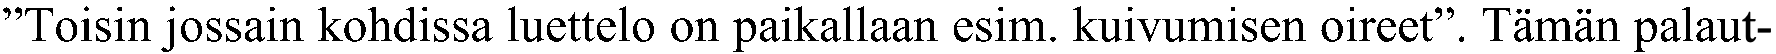
”Toisin jossain kohdissa luettelo on paikallaan esim. kuivumisen oireet”. Tämän palaut-